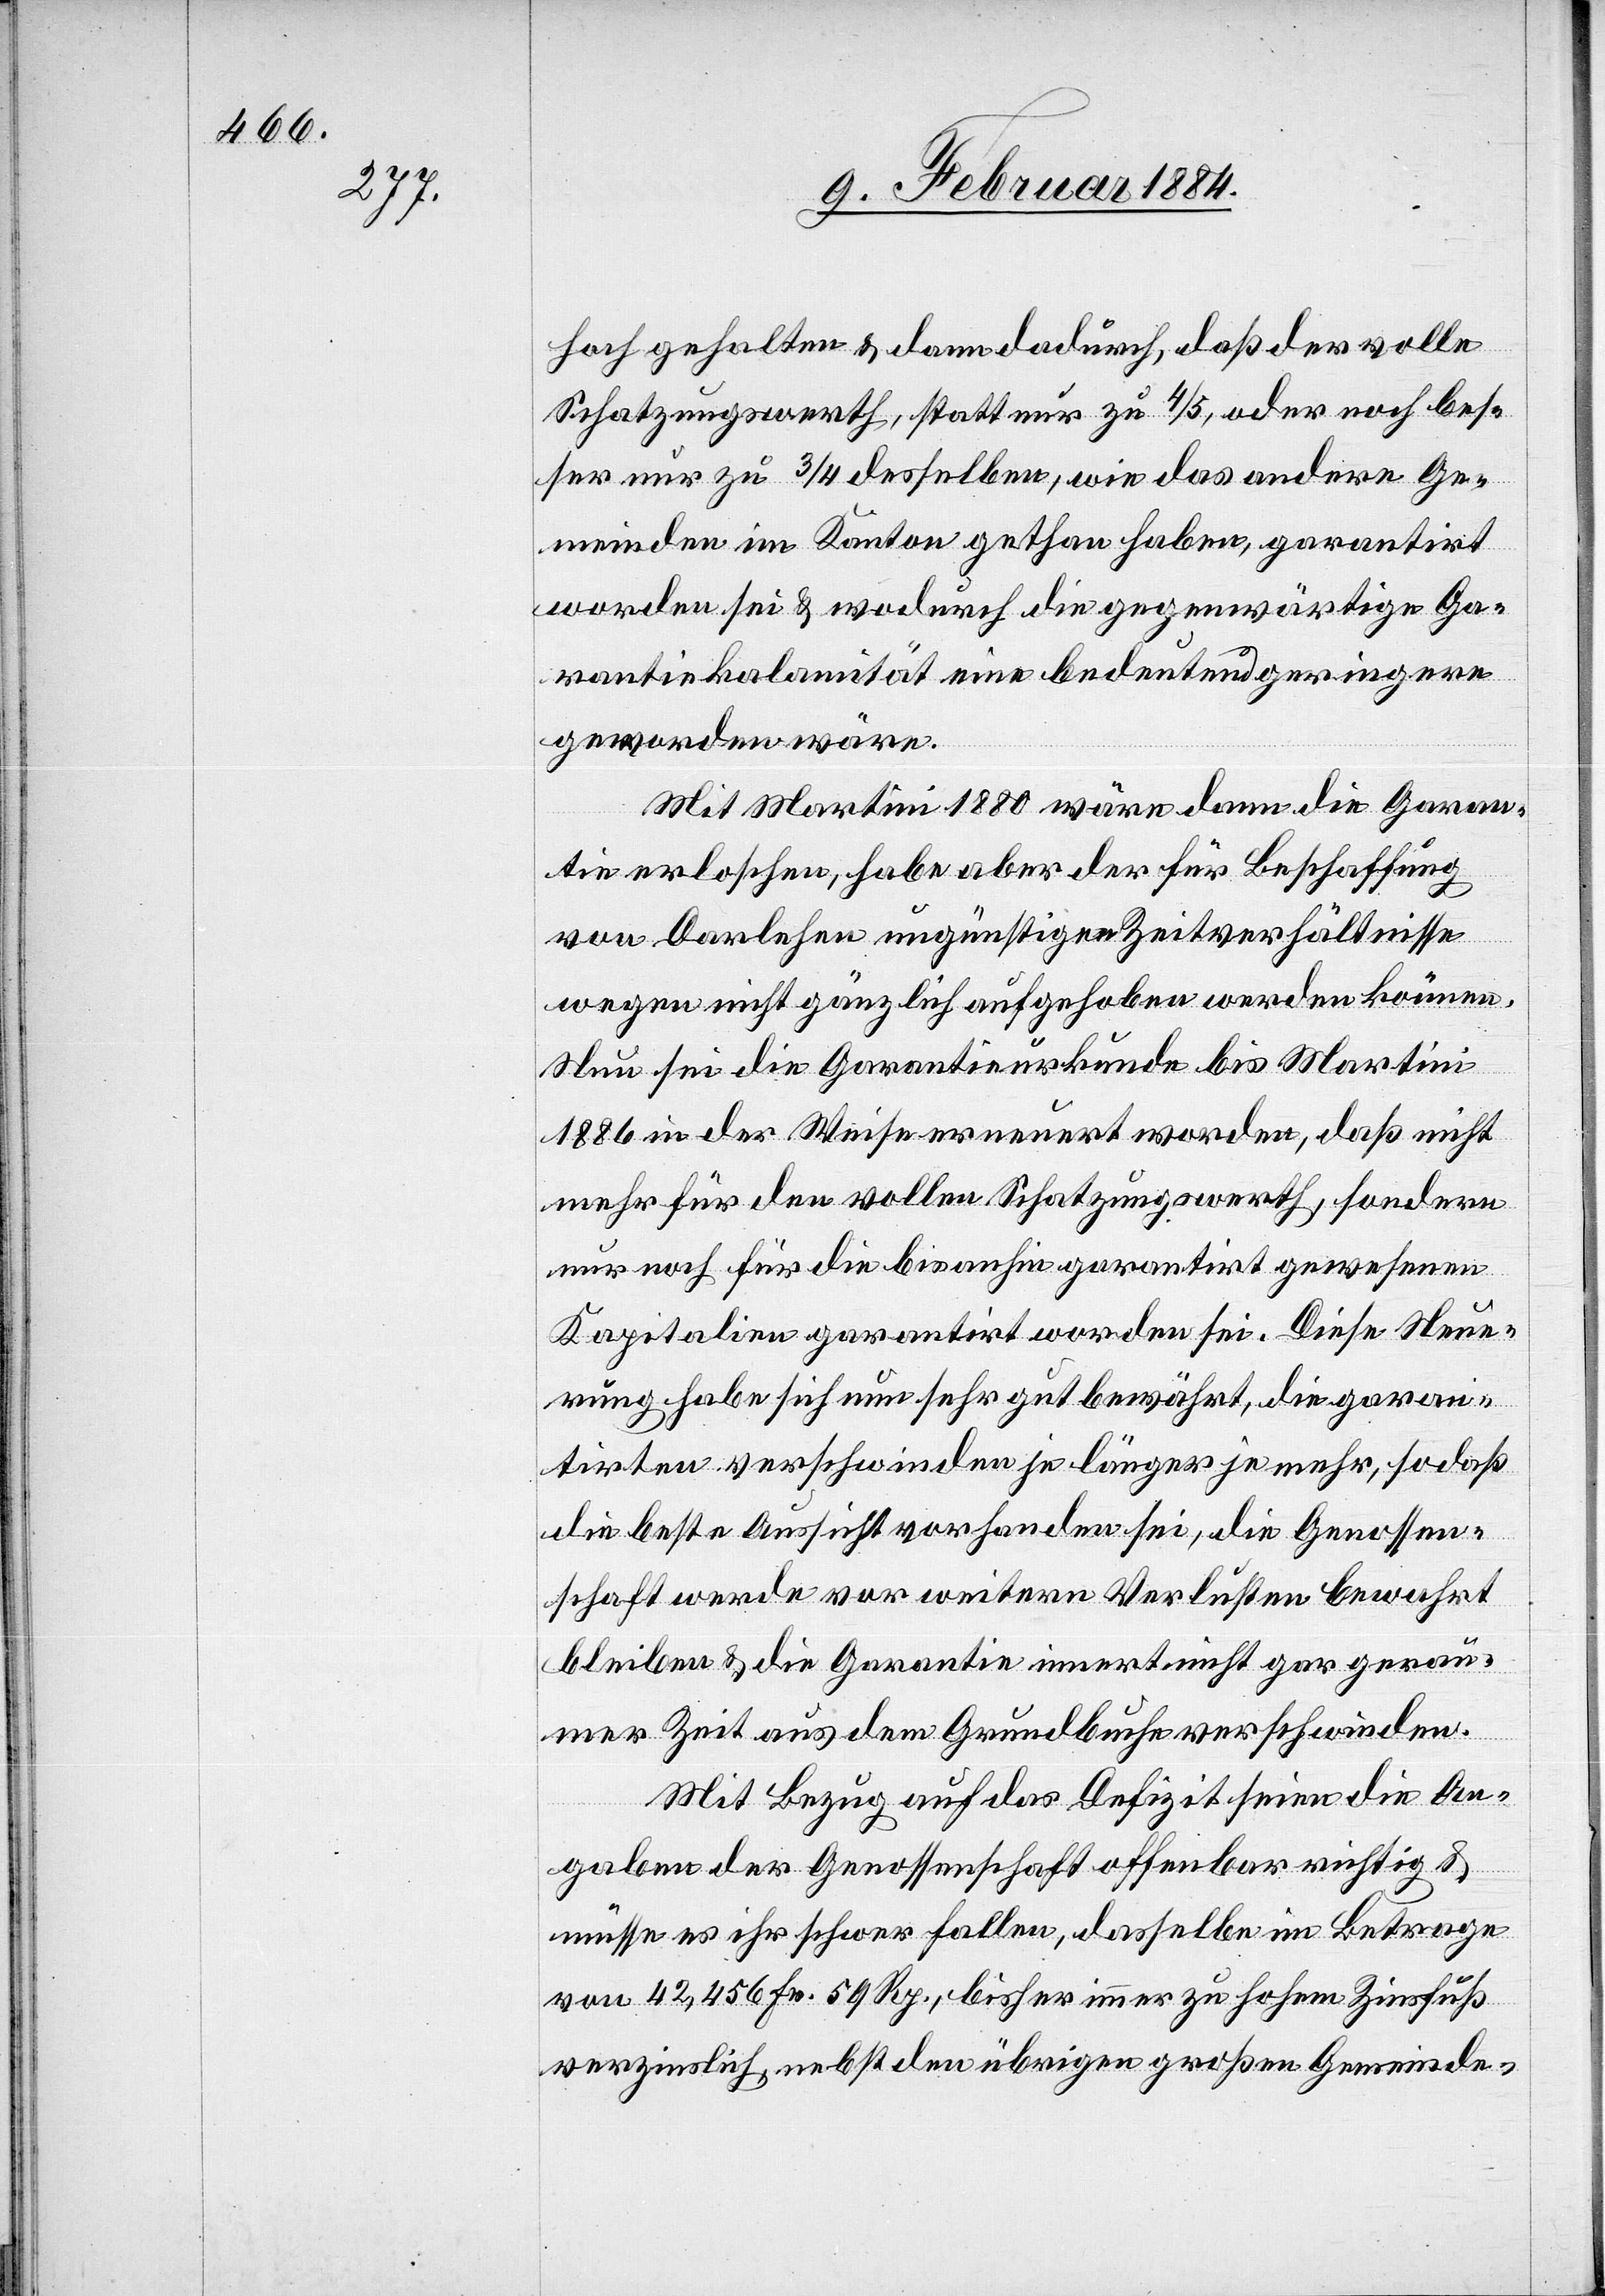
hoch gehalten & dann dadurch, daß der volle
Schatzungswerth, statt nur zu 4/5, oder noch bes¬
ser nur zu 3/4 derselben, wie das andere Ge¬
meinden im Kanton gethan haben, garantirt
worden sei & wodurch die gegenwärtige Ga¬
rantiekalamität eine bedeutend geringere
geworden wäre.
Mit Martini 1880 wäre dann die Garan¬
tie erloschen, habe aber der für Beschaffung
von Darlehen ungünstigen Zeitverhältnisse
wegen nicht gänzlich aufgehoben werden können.
Neu sei die Garantieurkunde bis Martini
1886 in der Weise erneuert worden, daß nicht
mehr für den vollen Schatzungswerth, sondern
nur noch für die bis anhin garantirt gewesenen
Kapitalien garantirt worden sei. Diese Neue¬
rung habe sich nun sehr gut bewährt, die Garan¬
tirten verschwinden je länger je mehr, so daß
die beste Aussicht vorhanden sei, die Genossen¬
schaft werde vor weitern Verlusten bewahrt
bleiben & die Garantie innert nicht gar gerau¬
mer Zeit aus dem Grundbuche verschwinde.
Mit Bezug auf das Defizit seien die An¬
gaben der Genossenschaft offenbar richtig &
müsse es ihr schwer fallen, dasselbe im Betrage
von 42,456 Fr. 59 Rp., bisher immer zu hohem Zinsfuß
verzinslich, nebst den übrigen großen Gemeinde-